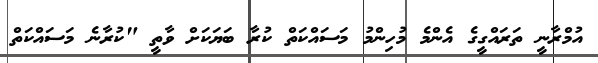
އުމްރާނީ ތަރައްގީގެ އެންމެ މުހިންމު މަސައްކަތް ކުރާ ބަޔަކަށް ވާތީ "ކުރާނެ މަސައްކަތް